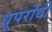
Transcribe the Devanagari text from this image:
धूपरोधी